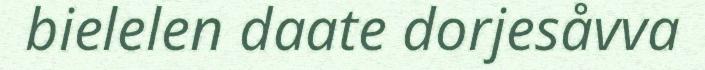
bielelen daate dorjesåvva